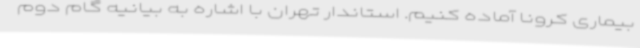
بیماری کرونا آماده کنیم. استاندار تهران با اشاره به بیانیه گام دوم